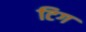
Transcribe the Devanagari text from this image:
टिग